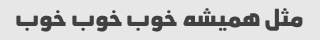
مثل همیشه خوب خوب خوب